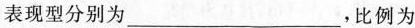
表现型分别为___，比例为